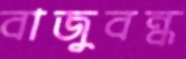
বাজুবন্ধ